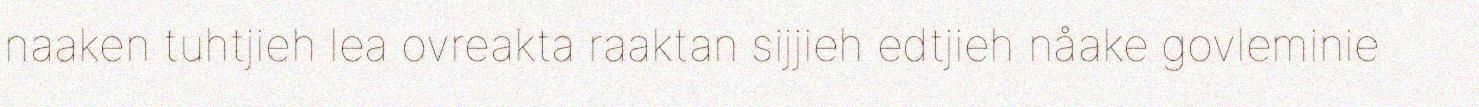
naaken tuhtjieh lea ovreakta raaktan sijjieh edtjieh nåake govleminie